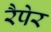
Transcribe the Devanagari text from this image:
रैपेर